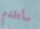
سأتقدم